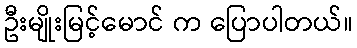
ဦးမျိုးမြင့်မောင် က ပြောပါတယ်။